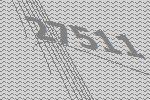
27511